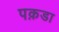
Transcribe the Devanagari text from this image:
पक़डा